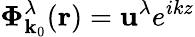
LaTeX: \boldsymbol{\Phi}_{\mathbf{k}_{0}}^{\lambda}(\mathbf{r})=\mathbf{u}^{\lambda}e^{ikz}